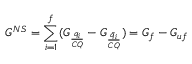
G ^ { N S } = \sum _ { i = 1 } ^ { f } ( G _ { \frac { q _ { i } } { C Q } } - G _ { \frac { \bar { q } _ { i } } { C Q } } ) = G _ { f } - G _ { u f }